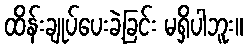
ထိန်းချုပ်ပေးခဲ့ခြင်း မရှိပါဘူး။